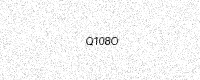
Text: Q108O